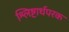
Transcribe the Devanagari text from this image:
श्लिष्टार्थपरक